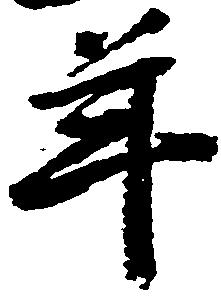
年